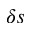
\delta s